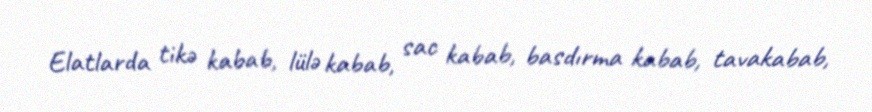
Elatlarda tikə kabab, lülə kabab, sac kabab, basdırma kabab, tavakabab,